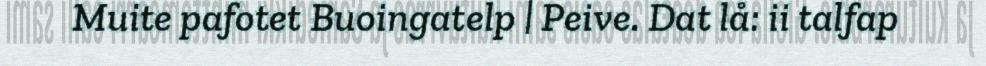
Muite pafotet Buoingatelp | Peive. Dat lå: ii talfap